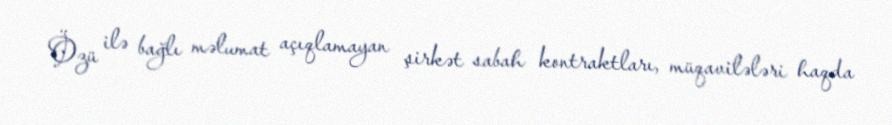
Özü ilə bağlı məlumat açıqlamayan şirkət sabah kontraktları, müqavilələri haqda